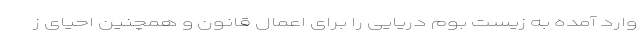
وارد آمده به زیست بوم دریایی را برای اعمال قانون و همچنین احیای ز